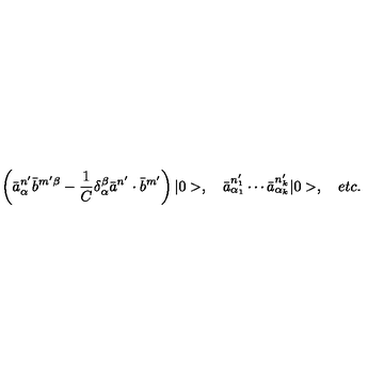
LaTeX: \left( \bar { a } _ { \alpha } ^ { n ^ { \prime } } \bar { b } ^ { m ^ { \prime } \beta } - \frac { 1 } { C } \delta _ { \alpha } ^ { \beta } \bar { a } ^ { n ^ { \prime } } \cdot \bar { b } ^ { m ^ { \prime } } \right) | 0 > , \quad \bar { a } _ { \alpha _ { 1 } } ^ { n _ { 1 } ^ { \prime } } \cdots \bar { a } _ { \alpha _ { k } } ^ { n _ { k } ^ { \prime } } | 0 > , \quad e t c .